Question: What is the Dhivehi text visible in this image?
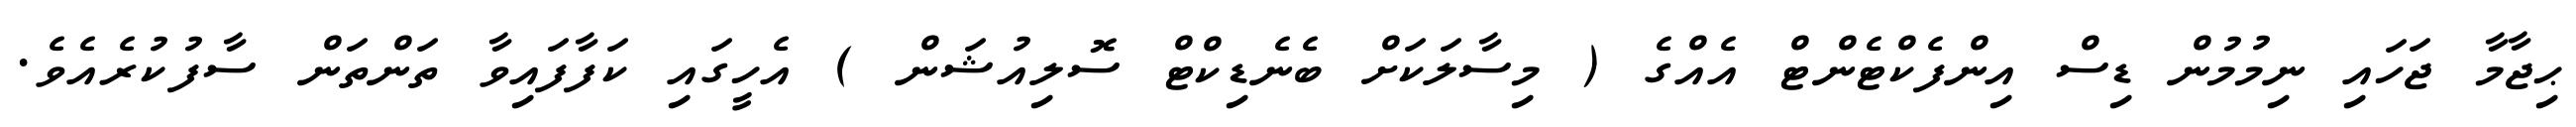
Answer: ޙިޖާމާ ޖަހައި ނިމުމުން ޑިސް އިންފެކްޓެންޓް އެއްގެ ( މިސާލަކަށް ބެނެޑިކްޓް ސޮލިއުޝަން ) އެހީގައި ކަފާފައިވާ ތަންތަން ސާފުކުރެއެވެ.